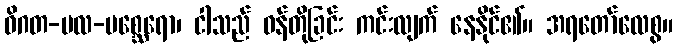
ဝိဂတ-မလ-မစ္ဆေရော၊ ငါသည် ဝန်တိုခြင်း ကင်းလျက် နေနိုင်၏။ အရတော်လေစွ။